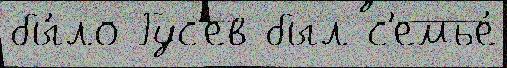
бы́ло Гус'ев был с'емье́